Juri_Uluots, lk 40
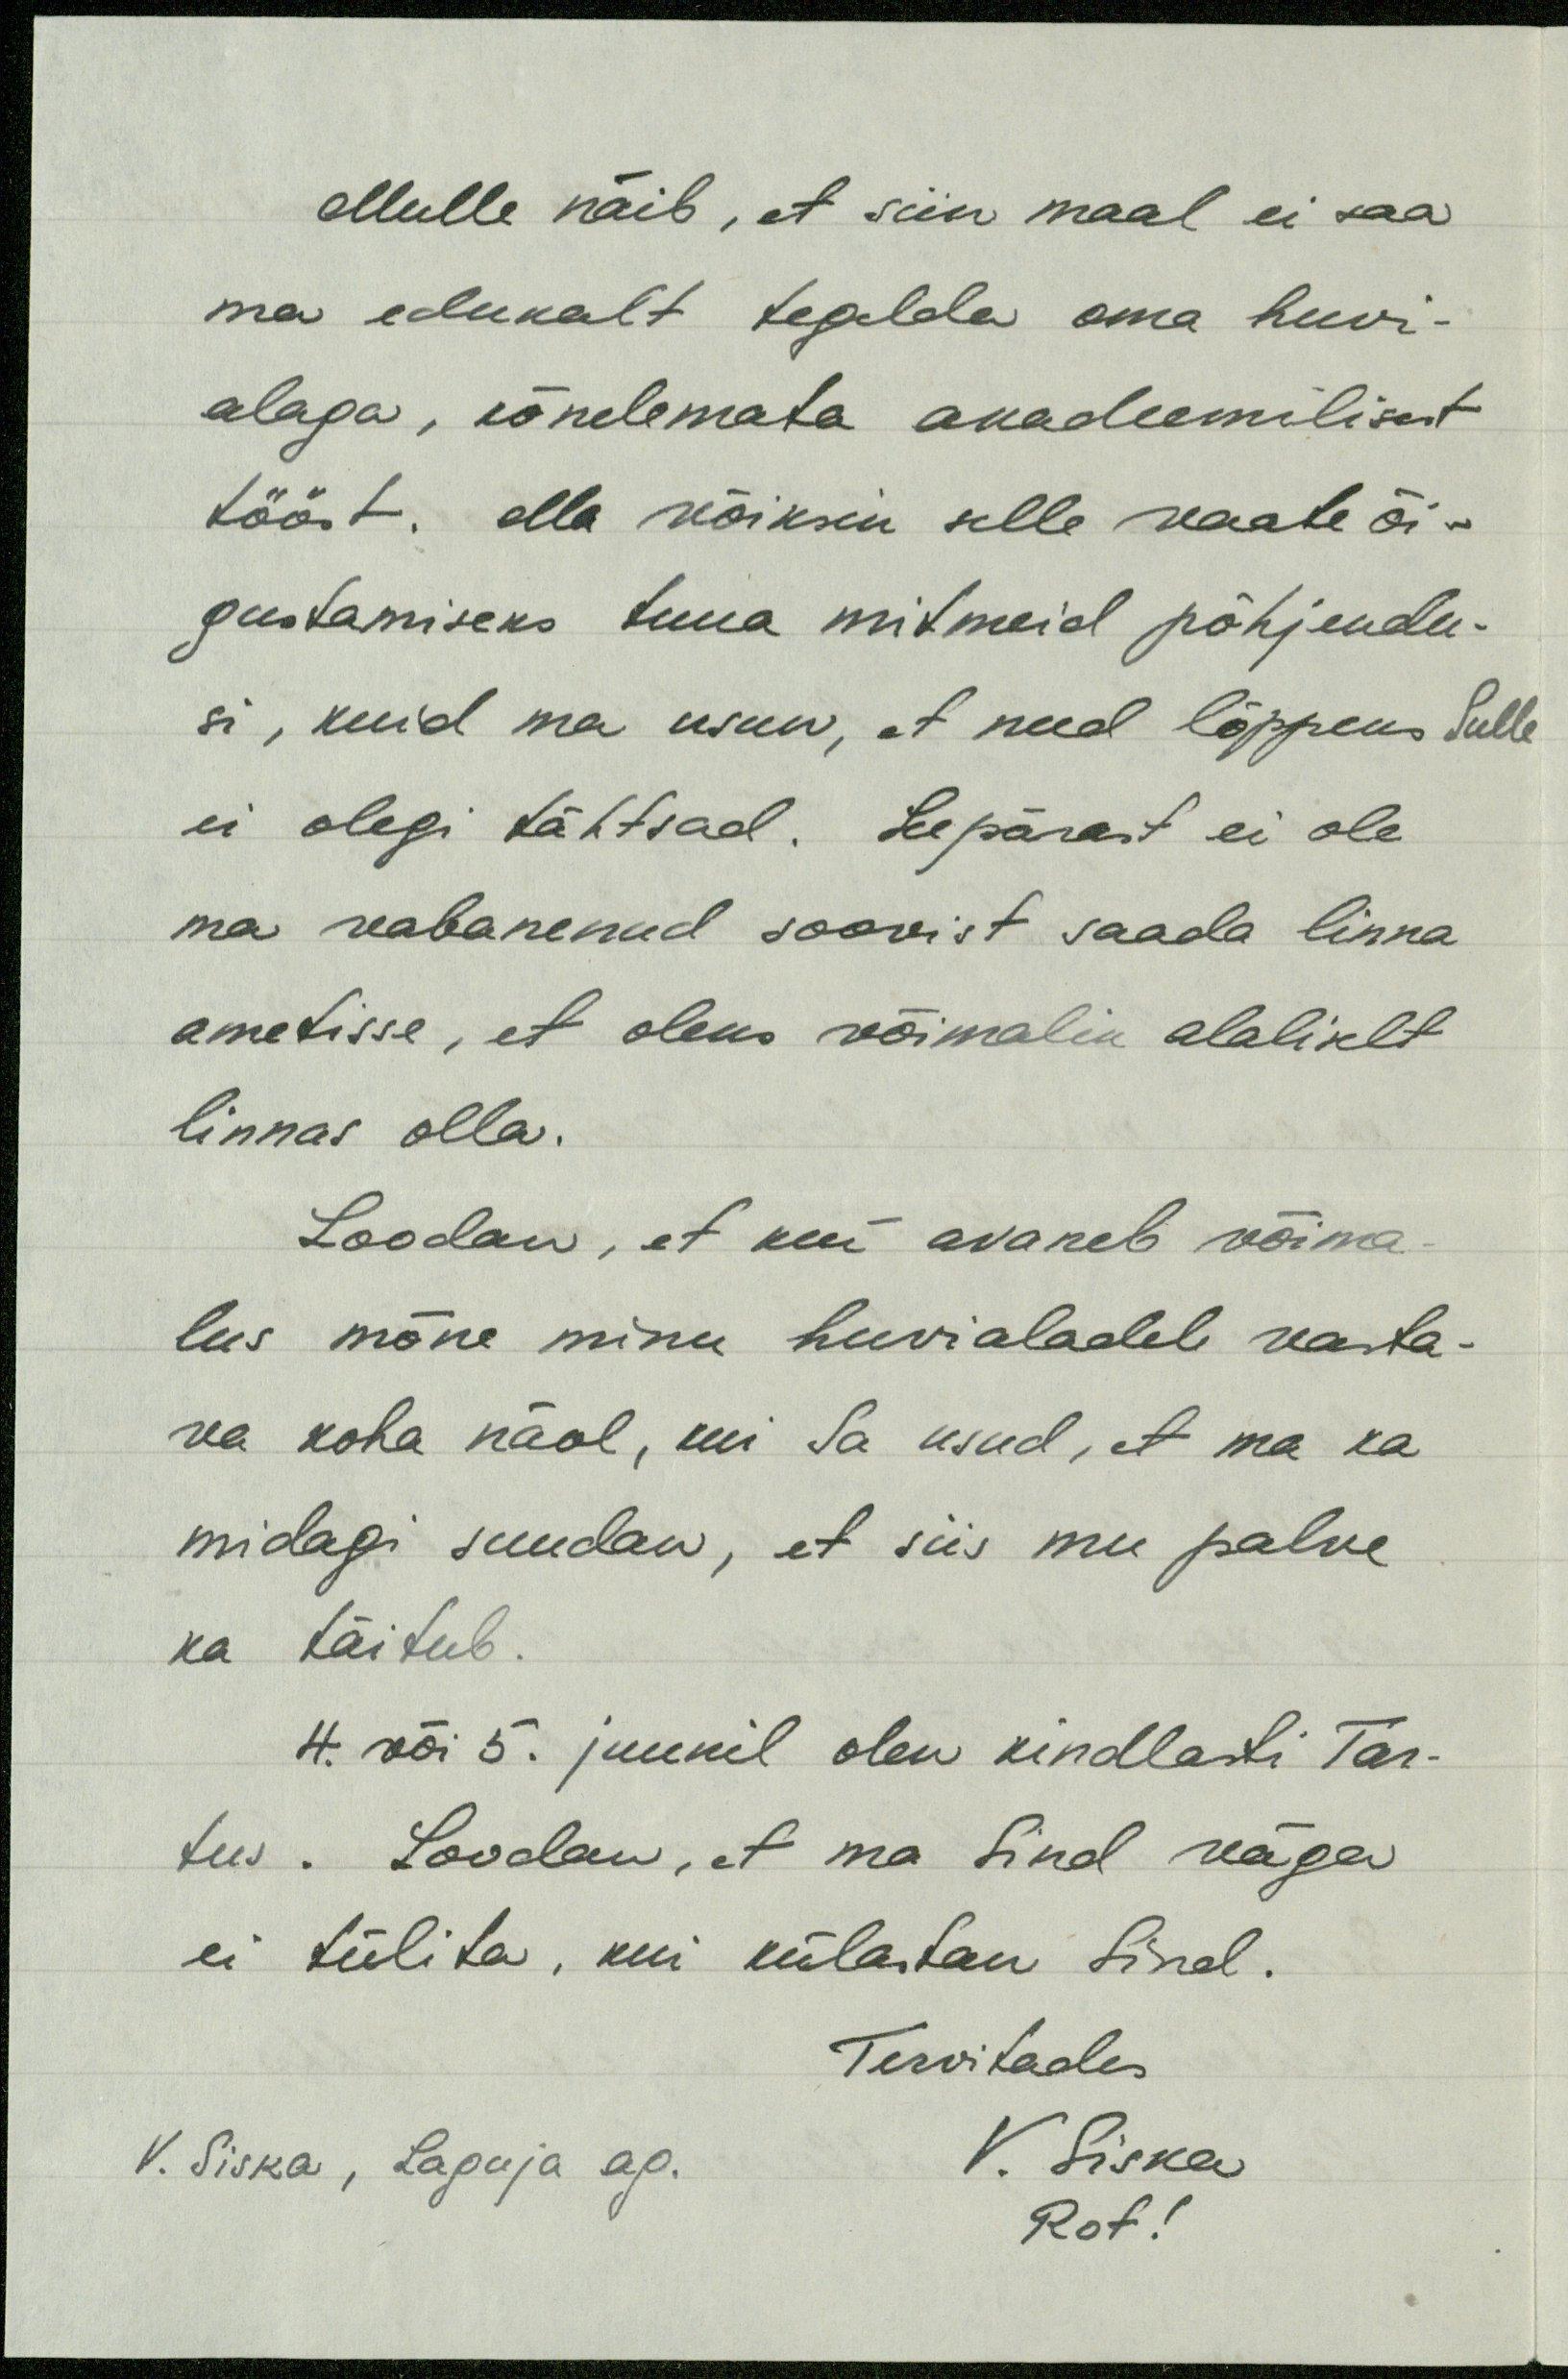
Mulle näib, et siin maal ei saa
ma edukalt tegelda oma huvi-
alaga, kõnelemata akadeemilisest
tööst. Ma võiksin selle vaate õi-
gustamiseks tuua mitmeid põhjendu-
si, kuid ma usun, et need lõppeks Sulle
ei olegi tähtsad. Seepärast ei ole
ma vabanenud soovist saada linna
ametisse, et oleks võimalik alaliselt
linnas olla.
Loodan, et kui avaneb võima
lus mõne minu huvialadele vasta-
va koha näol, kui Sa usud, et ma ka
midagi suudan, et siis mu palve
ka täitub.
4. või 5. juunil olen kindlasti Tar-
tus. Loodan, et ma Sind väga
ei tülita, kui külastan Sind.
Tervitades
V. Siska, Laguja ag.
V. Siska
Rot!